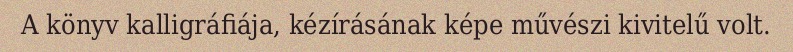
A könyv kalligráfiája, kézírásának képe művészi kivitelű volt.